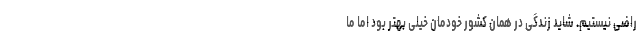
راضی نیستیم. شاید زندگی در همان کشور خودمان خیلی بهتر بود اما ما